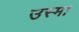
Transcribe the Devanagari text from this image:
उस्मा